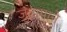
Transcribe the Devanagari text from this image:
जुटापाने